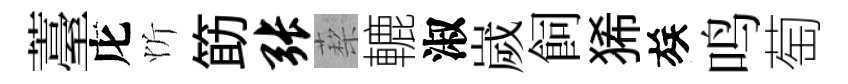
薹庀忻筯张蔾轆淑嵗飼狶族鸣萄